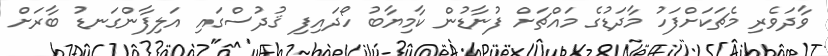
ވާދަވެރި މެޗަކަށްފަހު މާދަޑުގެ މައްޗަށް ފުނާޑުން ކާމިޔާބު ހޯދައިފި ޤުދުސްގައި އަލިފާންގަނޑު ބާރަށް